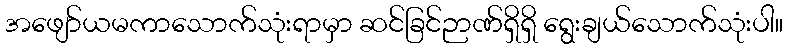
အဖျော်ယမကာသောက်သုံးရာမှာ ဆင်ခြင်ဉာဏ်ရှိရှိ ရွေးချယ်သောက်သုံးပါ။